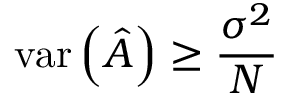
\mathrm { v a r } \left( { \hat { A } } \right) \geq { \frac { \sigma ^ { 2 } } { N } }